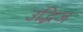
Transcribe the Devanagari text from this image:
उद्भिज